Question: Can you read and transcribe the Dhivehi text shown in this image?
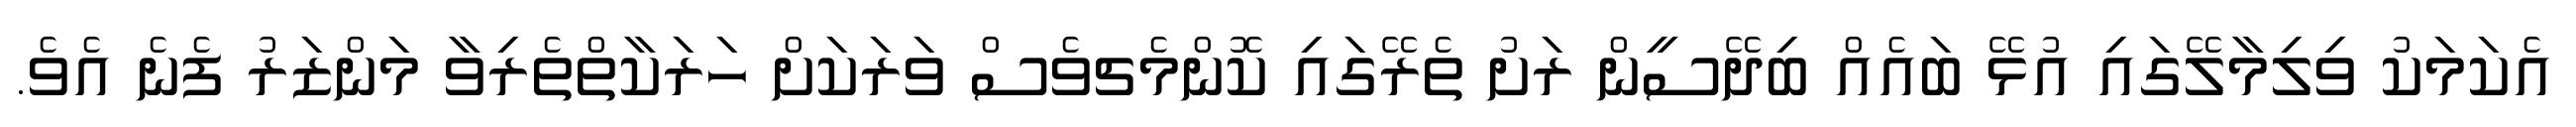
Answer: އެކަމަކު ވިލިމާލޭގައި އުޅޭ ބައެއް ބިދޭސީން ރަށު ތެރޭގައި ކޮންމެޗވެސް ވަރަކަށް ހަރަކާތްތެރިވާ މަންޒަރު ފެނެ އެވެ.